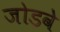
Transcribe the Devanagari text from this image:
जोडवे